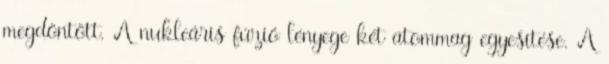
megdöntött. A nukleáris fúzió lényege két atommag egyesítése. A